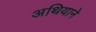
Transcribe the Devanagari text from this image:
अथियाने